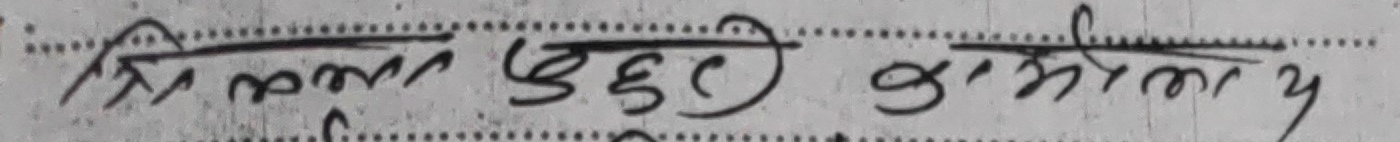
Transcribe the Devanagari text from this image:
त्रिल्ला बुहारी कामिला य